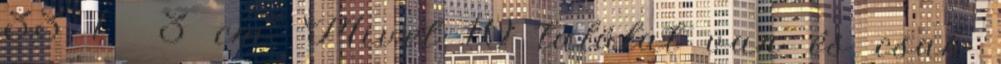
33 1 3 cm. Mivel 10 találat van és csak